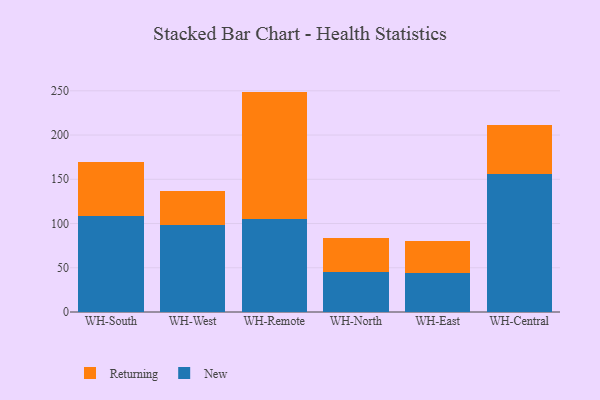
{"axis": {"x": "Warehouse", "y": "Customer Acquisition Cost (USD)"}, "legend": ["New", "Returning"], "data": [{"x": "WH-South", "y": 109.0, "type": "New"}, {"x": "WH-South", "y": 60.3, "type": "Returning"}, {"x": "WH-West", "y": 98.1, "type": "New"}, {"x": "WH-West", "y": 38.6, "type": "Returning"}, {"x": "WH-Remote", "y": 105.1, "type": "New"}, {"x": "WH-Remote", "y": 144.0, "type": "Returning"}, {"x": "WH-North", "y": 45.5, "type": "New"}, {"x": "WH-North", "y": 38.6, "type": "Returning"}, {"x": "WH-East", "y": 44.4, "type": "New"}, {"x": "WH-East", "y": 36.2, "type": "Returning"}, {"x": "WH-Central", "y": 155.5, "type": "New"}, {"x": "WH-Central", "y": 55.9, "type": "Returning"}]}